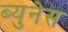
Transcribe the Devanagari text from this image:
ब्युनेस